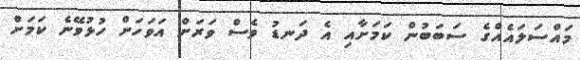
މައްސަލައެއްގެ ސަބަބުން ކަމަށާއި އެ ދަނޑު ވެސް ވަރަށް އަވަހަށް ހުޅުވޭނެ ކަމަށް